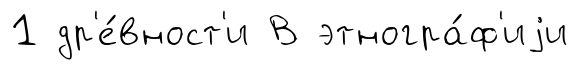
1 др'е́вност'и В этногра́ф'иjи